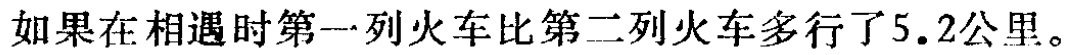
如果在相遇时第一列火车比第二列火车多行了5.2公里。